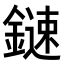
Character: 𨫩